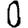
Digit: 0